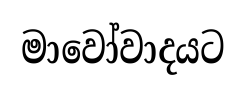
මාවෝවාදයට